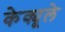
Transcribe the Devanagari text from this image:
केक्यूले